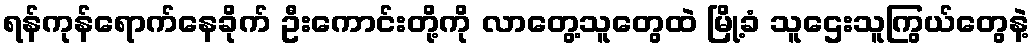
ရန်ကုန်ရောက်နေခိုက် ဦးကောင်းတို့ကို လာတွေ့သူတွေထဲ မြို့ခံ သူဌေးသူကြွယ်တွေနဲ့